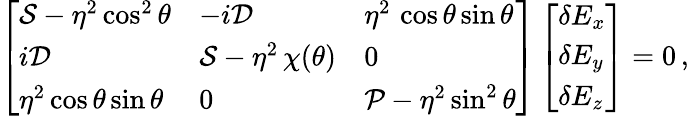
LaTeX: \left[\begin{array}{lll}{{\cal S}-\eta^{2}\cos^{2}\theta}&{-i{\cal D}}&{\eta^{2}\, \cos\theta\sin\theta}\\ {i{\cal D}}&{{\cal S}-\eta^{2}\, \chi(\theta)}&{0}\\ {\eta^{2}\cos\theta\sin\theta}&{0}&{{\cal P}-\eta^{2}\sin^{2}\theta}\end{array}\right]\left[\begin{array}{l}{\delta E_{x}}\\ {\delta E_{y}}\\ {\delta E_{z}}\end{array}\right]=0\, ,